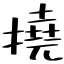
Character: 撓